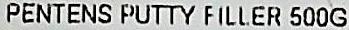
PENTENS PUTTY FILLER 500G